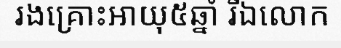
រងគ្រោះអាយុ៥ឆ្នាំ រីឯលោក